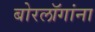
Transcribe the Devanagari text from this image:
बोरलॉगांना